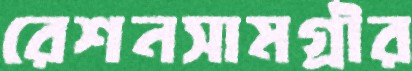
রেশনসামগ্রীর